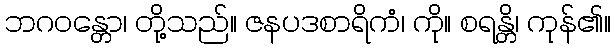
ဘဂဝန္တော၊ တို့သည်။ ဇနပဒစာရိကံ၊ ကို။ စရန္တိ၊ ကုန်၏။